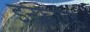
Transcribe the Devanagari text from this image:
इन्‍फ्रारेड